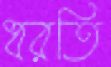
ধরতি